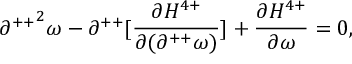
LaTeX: { \partial ^ { + + } } ^ { 2 } \omega - \partial ^ { + + } [ \frac { \partial H ^ { 4 + } } { \partial ( \partial ^ { + + } \omega ) } ] + \frac { \partial H ^ { 4 + } } { \partial \omega } = 0 ,